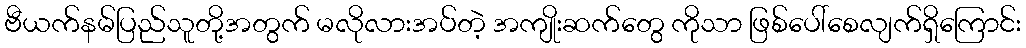
ဗီယက်နမ်ပြည်သူတို့အတွက် မလိုလားအပ်တဲ့ အကျိုးဆက်တွေ ကိုသာ ဖြစ်ပေါ်စေလျက်ရှိကြောင်း